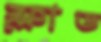
ফ্লাড